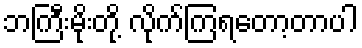
ဘကြီးမိုးတို့ လိုက်ကြရတော့တာပါ